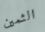
الثمين